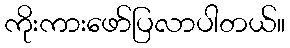
ကိုးကားဖော်ပြလာပါတယ်။